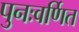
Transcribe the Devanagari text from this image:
पुनःवर्णित